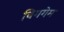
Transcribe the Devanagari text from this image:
बिगगेम